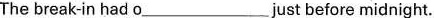
The break-in had o___just before midnight.